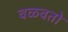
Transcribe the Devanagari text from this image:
वळवतो